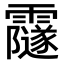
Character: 𩆰